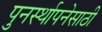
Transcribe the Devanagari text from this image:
पुनर्स्थापनेसाठी